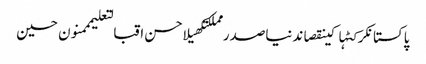
پاکستانکرکٹہاکینقصاندنیاصدر مملکتکھیلاحسن اقبالتعلیمممنون حسین